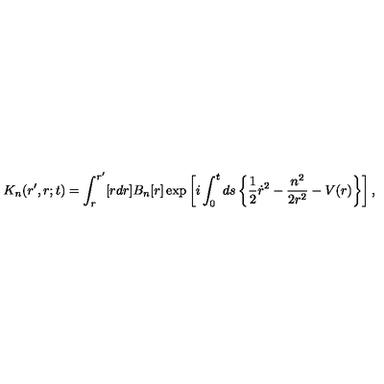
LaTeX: K _ { n } ( r ^ { \prime } , r ; t ) = \int _ { r } ^ { r ^ { \prime } } [ r d r ] B _ { n } [ r ] \exp \left[ i \int _ { 0 } ^ { t } d s \left\{ \frac 1 2 \dot { r } ^ { 2 } - \frac { n ^ { 2 } } { 2 r ^ { 2 } } - V ( r ) \right\} \right] ,